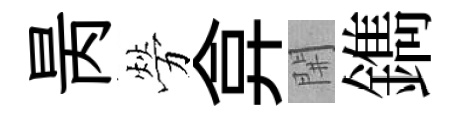
昺勞弇𨳩鐫